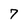
Character: 7